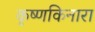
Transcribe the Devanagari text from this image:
कृष्णकिनारा